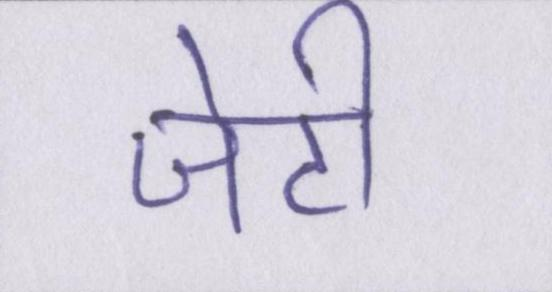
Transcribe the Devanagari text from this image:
जेटी